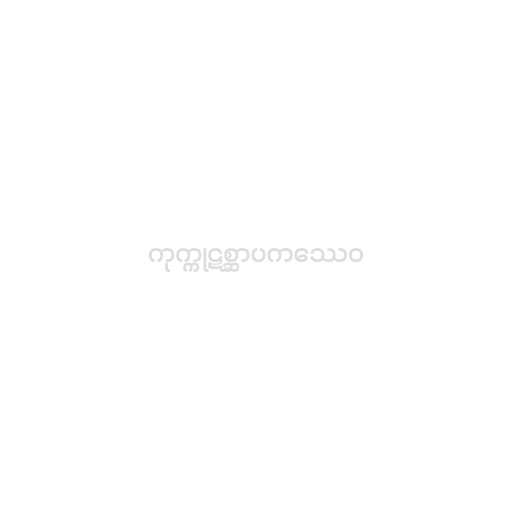
ကုက္ကုဋစ္ဆာပကဿေဝ